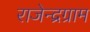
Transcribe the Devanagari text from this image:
राजेन्द्रग्राम